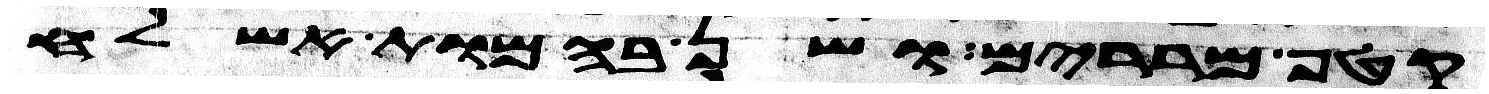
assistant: קטף מררים ושן בהמות אשלח